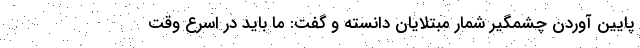
پایین آوردن چشمگیر شمار مبتلایان دانسته و گفت: ما باید در اسرع وقت